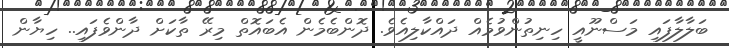
ބަލާލާފައި މަސްނޫއީ ހިނިތުންވުމެއް ދައްކާލިއެވެ. ދޮންބެމެން އެބައޮތް މިރޭ ތާކަށް ދާންވެފައި.. ހިޔާން